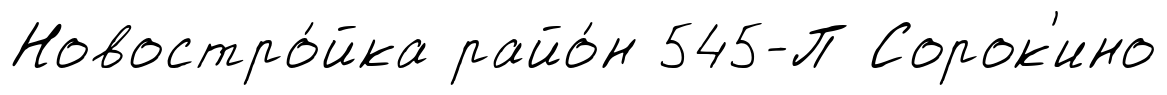
Новостро́йка райо́н 545-П Сорок'ино